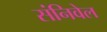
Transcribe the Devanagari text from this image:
संनिवेल